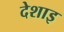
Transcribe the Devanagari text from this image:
देशाइ